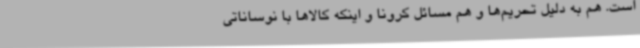
است. هم به دلیل تحریم‌ها و هم مسائل کرونا و اینکه کالاها با نوساناتی